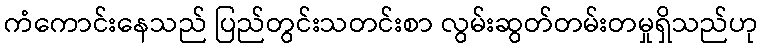
ကံကောင်းနေသည် ပြည်တွင်းသတင်းစာ လွမ်းဆွတ်တမ်းတမှုရှိသည်ဟု